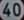
40